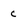
Character: c